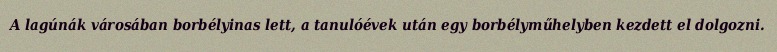
A lagúnák városában borbélyinas lett, a tanulóévek után egy borbélyműhelyben kezdett el dolgozni.